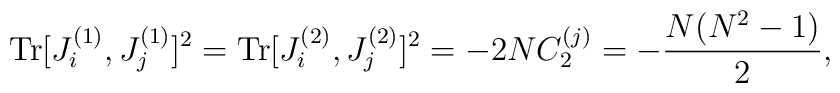
{\rm Tr}[J^{(1)}_{i},J^{(1)}_{j}]^{2}={\rm Tr}[J^{(2)}_{i},J^{(2)}_{j}]^{2}=-2NC_{2}^{(j)}=-\frac{N(N^{2}-1)}{2},